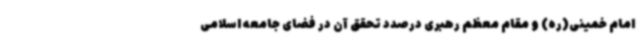
امام خمینی(ره) و مقام معظم رهبری درصدد تحقق آن در فضای جامعه اسلامی